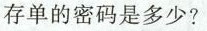
存单的密码是多少?